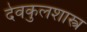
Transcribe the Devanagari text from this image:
देवकुलशास्त्र